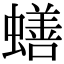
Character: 蟮